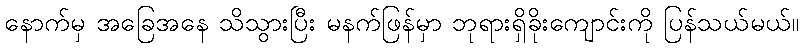
နောက်မှ အခြေအနေ သိသွားပြီး မနက်ဖြန်မှာ ဘုရားရှိခိုးကျောင်းကို ပြန်သယ်မယ်။